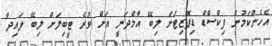
އެހެންކަމުން ފިކްސްޑް ޑިޕޮޒިޓަށް ލިބޭ އާމްދަނީ އަށް ވުރެ ޓީބިލަށް ލިބޭ ފައިދާ